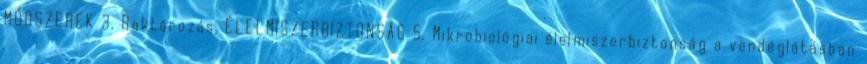
MÓDSZEREK 3. Raktározás, ÉLELMISZERBIZTONSÁG 5. Mikrobiológiai élelmiszerbiztonság a vendéglátásban